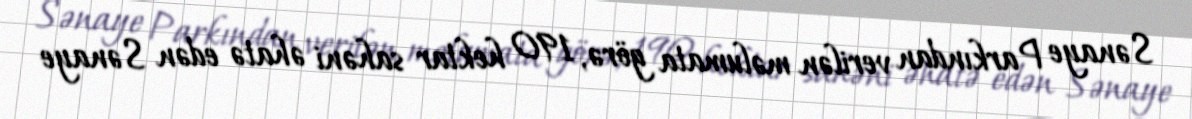
Sənaye Parkından verilən məlumata görə, 190 hektar sahəni əhatə edən Sənaye